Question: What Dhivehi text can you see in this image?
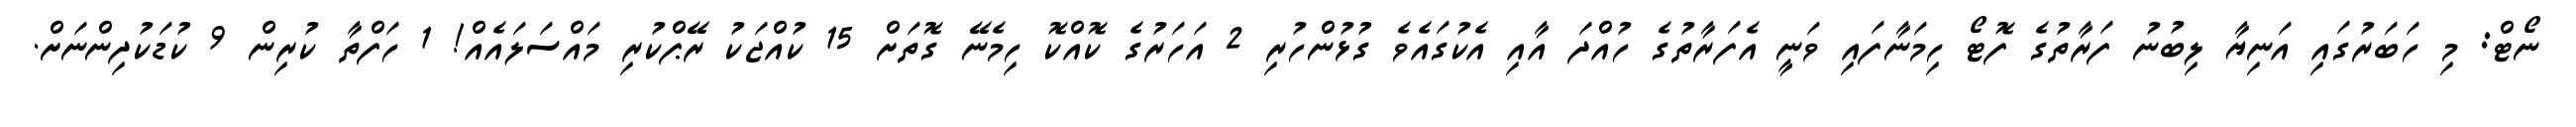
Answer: ނޯޓް: މި ހަބަރުގައި އަނިޔާ ލިބުނު ފަރާތުގެ ފޮޓޯ ހިމަނާފައި ވަނީ އެފަރާތުގެ ހުއްދަ އާއި އެކުގައެވެ ގުޅުންހުރި 2 އަހަރުގެ ކޮއްކޮ ހިމެނޭ ގޮތަށް 15 ކުއްޖަކު ރޭޕްކުރި މައްސަލައެއް! 1 ހަފްތާ ކުރިން 9 ކުޑަކުދިންނަށް.